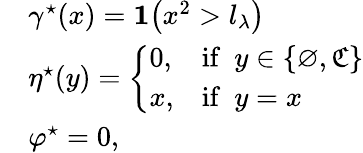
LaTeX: \begin{array}{rl}&{\gamma^{\star}(x)=\mathbf{1}\big(x^{2}>l_{\lambda}\big)}\\ &{\eta^{\star}(y)=\left\{ \begin{array}{ll}{0,}&{\mathrm{if}\ \ y\in\{ \varnothing,\mathfrak{C}\} }\\ {x,}&{\mathrm{if}\ \ y=x}\end{array}\right.}\\ &{\varphi^{\star}=0,}\end{array}